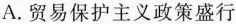
A.贸易保护主义政策盛行